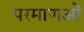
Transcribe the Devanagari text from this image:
परमाणओं